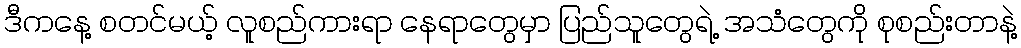
ဒီကနေ့ စတင်မယ့် လူစည်ကားရာ နေရာတွေမှာ ပြည်သူတွေရဲ့ အသံတွေကို စုစည်းတာနဲ့